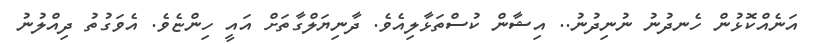
އަނެއްކޮޅުން ހެނދުނު ނުނިދުނު.. އިޝާން ކުސްތަޅާލިއެވެ. ދާނިޔަލްގާތަށް އައީ ހިންޏެވެ. އެވަގުތު ދިއްލުނު